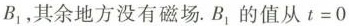
B_{1}，其余地方没有磁场。B_{1}的值从$$t = 0$$